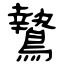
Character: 鷙